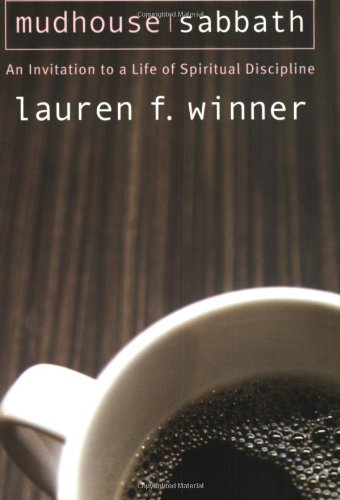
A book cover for Mudhouse Sabbath: An Invitation to a Life of Spiritual Discipline (Pocket Classics); Lauren F. Winner; Religion & Spirituality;